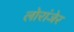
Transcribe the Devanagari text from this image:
लोरांंजेर